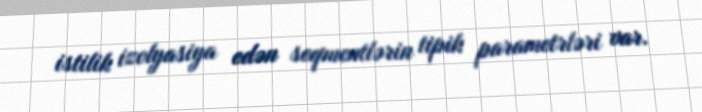
istilik izolyasiya edən seqmentlərin tipik parametrləri var.